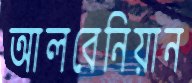
আলবেনিয়ান